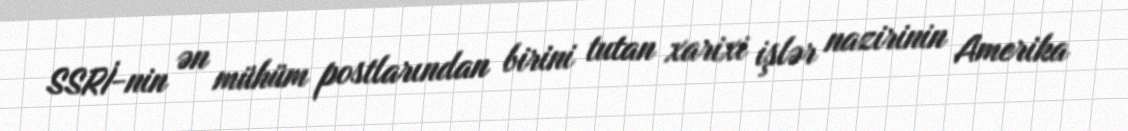
SSRİ-nin ən mühüm postlarından birini tutan xarixi işlər nazirinin Amerika